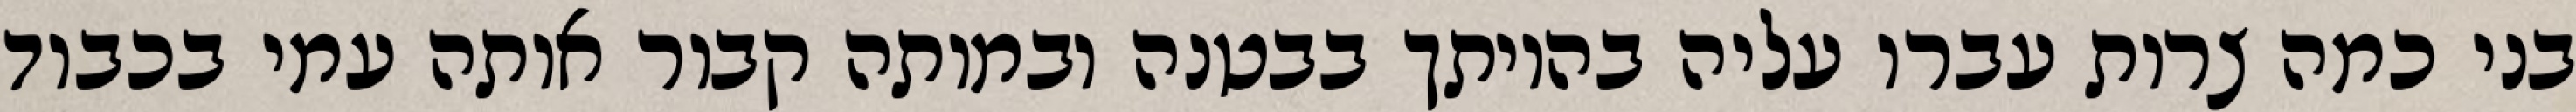
בני כמה צרות עברו עליה בהיותך בבטנה ובמותה קבור אותה עמי בכבוד